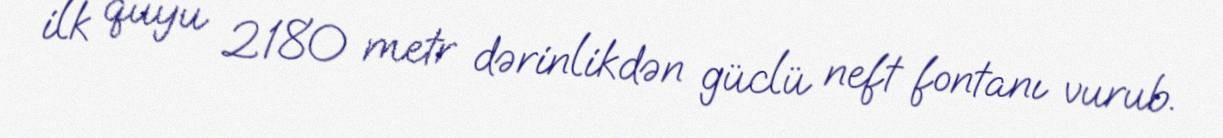
ilk quyu 2180 metr dərinlikdən güclü neft fontanı vurub.